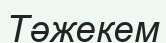
Тәжекем